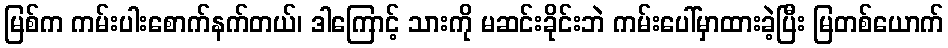
မြစ်က ကမ်းပါးစောက်နက်တယ်၊ ဒါကြောင့် သားကို မဆင်းခိုင်းဘဲ ကမ်းပေါ်မှာထားခဲ့ပြီး မြတစ်ယောက်